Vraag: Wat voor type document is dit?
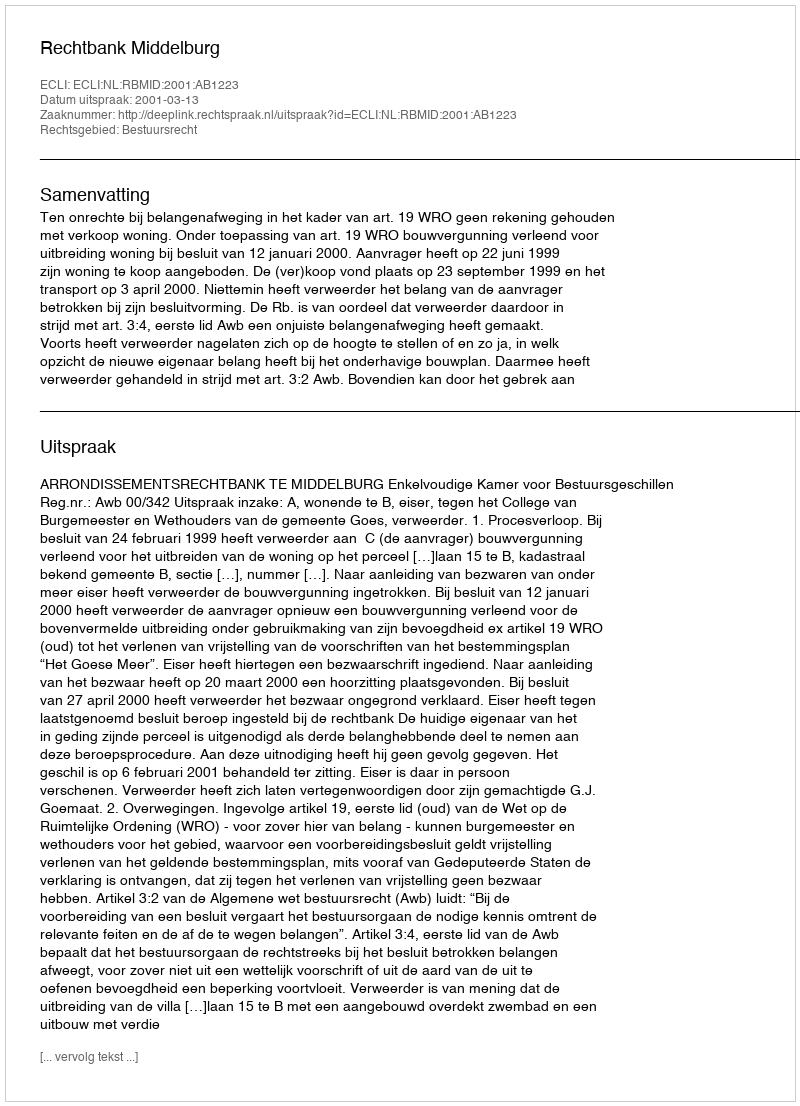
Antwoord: Uitspraak